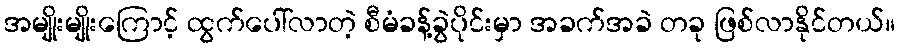
အမျိုးမျိုးကြောင့် ထွက်ပေါ်လာတဲ့ စီမံခန့်ခွဲပိုင်းမှာ အခက်အခဲ တခု ဖြစ်လာနိုင်တယ်။